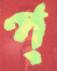
প্